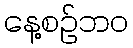
နေ့စဉ်ဘဝ